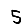
Digit: 5